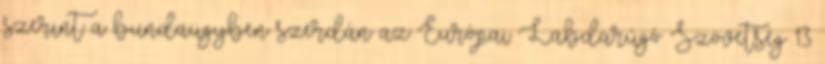
szerint a bundaügyben szerdán az Európai Labdarúgó Szövetség 13